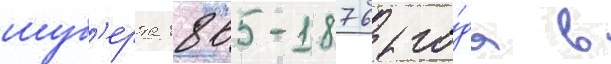
шуб'ерта 1865-1876 го́да в